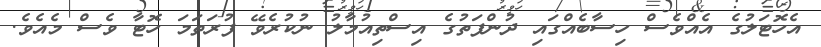
އެހޮޓަލުގެ އެއްވެސް ހިސާބެއްގައި ދުންފަތުގެ އިސްތިއުމާލު ނުކުރެވޭ ފުރަތަމަ ހޮޓާ ވެސް މެއެވެ.